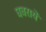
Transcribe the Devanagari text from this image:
घबरायें